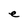
Character: e